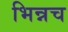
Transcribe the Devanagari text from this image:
भिन्नच